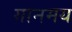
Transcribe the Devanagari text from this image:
गानमय